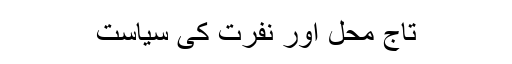
تاج محل اور نفرت کی سیاست